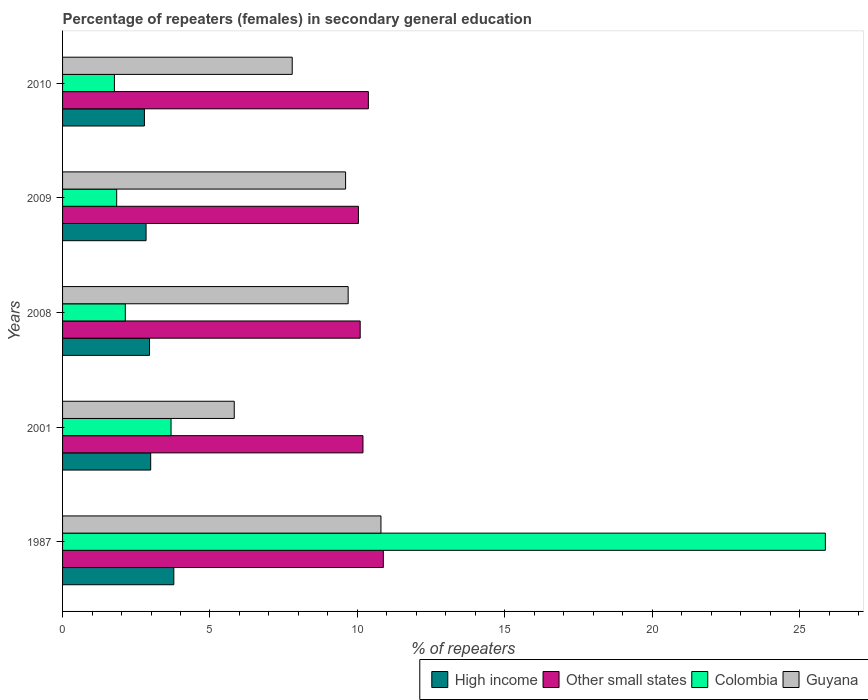
| Years | High income | Other small states | Colombia | Guyana |
 | --- | --- | --- | --- | --- |
 | 1987 | 3.77 | 10.9 | 25.9 | 10.8 |
 | 2001 | 2.99 | 10.2 | 3.68 | 5.82 |
 | 2008 | 2.95 | 10.1 | 2.13 | 9.69 |
 | 2009 | 2.83 | 10 | 1.84 | 9.6 |
 | 2010 | 2.78 | 10.4 | 1.76 | 7.79 |